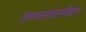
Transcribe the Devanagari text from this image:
संगणकसंचालनविज्ञान